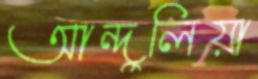
আন্দুলিয়া